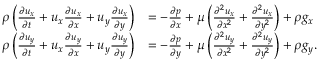
{ \begin{array} { r l } { \rho \left( { \frac { \partial u _ { x } } { \partial t } } + u _ { x } { \frac { \partial u _ { x } } { \partial x } } + u _ { y } { \frac { \partial u _ { x } } { \partial y } } \right) } & { = - { \frac { \partial p } { \partial x } } + \mu \left( { \frac { \partial ^ { 2 } u _ { x } } { \partial x ^ { 2 } } } + { \frac { \partial ^ { 2 } u _ { x } } { \partial y ^ { 2 } } } \right) + \rho g _ { x } } \\ { \rho \left( { \frac { \partial u _ { y } } { \partial t } } + u _ { x } { \frac { \partial u _ { y } } { \partial x } } + u _ { y } { \frac { \partial u _ { y } } { \partial y } } \right) } & { = - { \frac { \partial p } { \partial y } } + \mu \left( { \frac { \partial ^ { 2 } u _ { y } } { \partial x ^ { 2 } } } + { \frac { \partial ^ { 2 } u _ { y } } { \partial y ^ { 2 } } } \right) + \rho g _ { y } . } \end{array} }